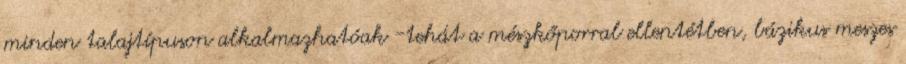
minden talajtípuson alkalmazhatóak -tehát a mészkőporral ellentétben, bázikus meszes